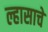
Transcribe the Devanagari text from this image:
ल्हासाचे